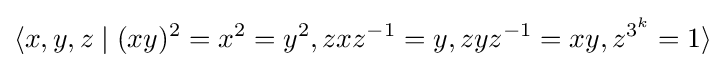
\langle x,y,z\mid (xy)^{2}=x^{2}=y^{2},zxz^{-1}=y,zyz^{-1}=xy,z^{3^{k}}=1\rangle